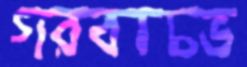
গরবাচভ